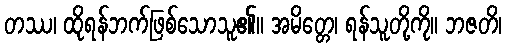
တဿ၊ ထိုရန်ဘက်ဖြစ်သောသူ၏။ အမိတ္တေ၊ ရန်သူတို့ကို။ ဘဇတိ၊